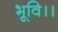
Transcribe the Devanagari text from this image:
भूवि।।